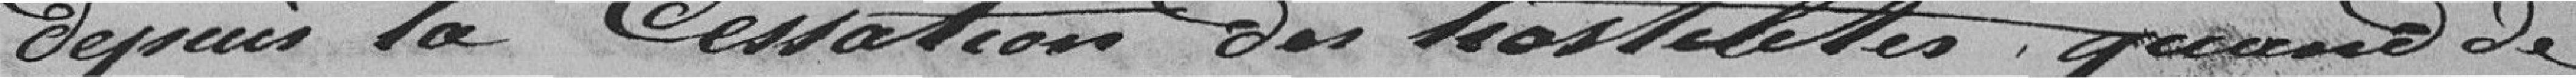
depuis la cessation des hostilités, quand de